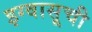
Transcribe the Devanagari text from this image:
इग्वासूची